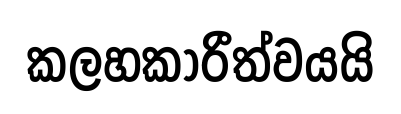
කලහකාරීත්වයයි